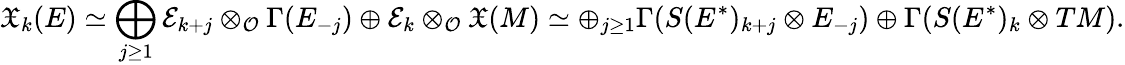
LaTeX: \mathfrak{X}_{k}(E)\simeq\bigoplus_{j\geq 1}\mathcal{E}_{k+j}\otimes_{\mathcal{O}}\Gamma(E_{-j})\oplus\mathcal{E}_{k}\otimes_{\mathcal{O}}\mathfrak{X}(M)\simeq\oplus_{j\geq 1}\Gamma(S(E^{*})_{k+j}\otimes E_{-j})\oplus\Gamma(S(E^{*})_{k}\otimes TM).